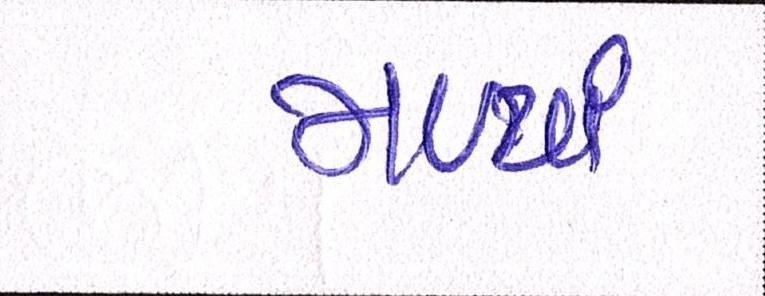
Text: મળ્યાં